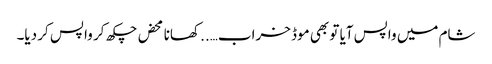
شام میں واپس آیا تو بھی موڈ خراب….. کھانا محض چکھ کر واپس کر دیا۔